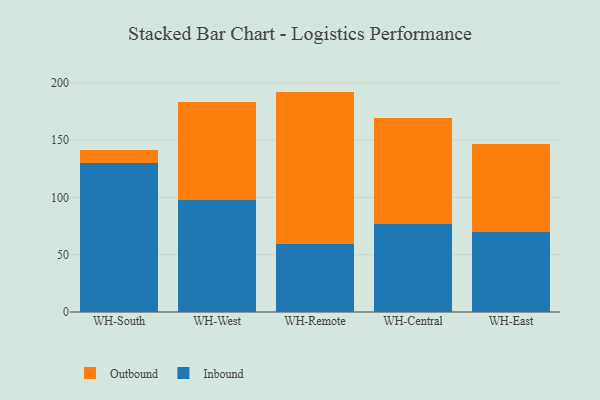
{"axis": {"x": "Warehouse", "y": "Satisfaction Score"}, "legend": ["Inbound", "Outbound"], "data": [{"x": "WH-South", "y": 129.7, "type": "Inbound"}, {"x": "WH-South", "y": 11.7, "type": "Outbound"}, {"x": "WH-West", "y": 97.5, "type": "Inbound"}, {"x": "WH-West", "y": 85.4, "type": "Outbound"}, {"x": "WH-Remote", "y": 59.6, "type": "Inbound"}, {"x": "WH-Remote", "y": 132.7, "type": "Outbound"}, {"x": "WH-Central", "y": 76.5, "type": "Inbound"}, {"x": "WH-Central", "y": 93.2, "type": "Outbound"}, {"x": "WH-East", "y": 69.8, "type": "Inbound"}, {"x": "WH-East", "y": 77.1, "type": "Outbound"}]}